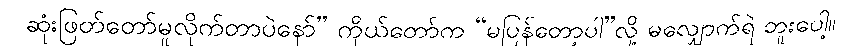
ဆုံးဖြတ်တော်မူလိုက်တာပဲနော်” ကိုယ်တော်က “မပြန်တော့ပါ”လို့ မလျှောက်ရဲ ဘူးပေါ့။